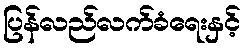
ပြန်လည်လက်ခံရေးနှင့်